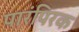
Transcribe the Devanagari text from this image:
पारंपिरक